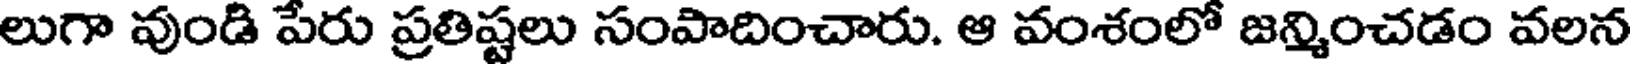
లుగా వుండి పేరు ప్రతిష్టలు సంపాదించారు. ఆ వంశంలో జన్మించడం వలన